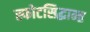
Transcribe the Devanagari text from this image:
स्फोटसिद्धान्त